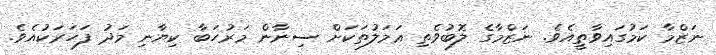
ނަޒްމާ ކަމުގައިވާތީއެވެ. ނަޒްމާގެ ލޮބުވެތި ޢަމަލުތަކަށް ސިނާން މަރުހަބާ ކިޔާނި މަދު ފަހަރަކުއެވެ.